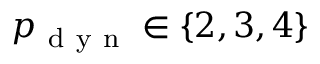
p _ { \mathrm { ~ d ~ y ~ n ~ } } \in \left\{ 2 , 3 , 4 \right\}